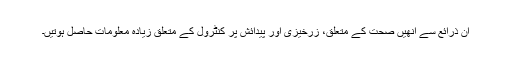
ان ذرائع سے انھیں صحت کے متعلق، زرخیزی اور پیدائش پر کنٹرول کے متعلق زیادہ معلومات حاصل ہوتیں۔